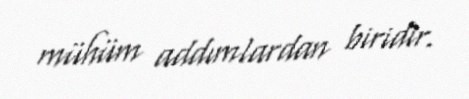
mühüm addımlardan biridir.